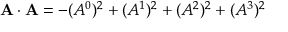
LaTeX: \mathbf { A \cdot A } = - ( A ^ { 0 } ) ^ { 2 } + ( A ^ { 1 } ) ^ { 2 } + ( A ^ { 2 } ) ^ { 2 } + ( A ^ { 3 } ) ^ { 2 }